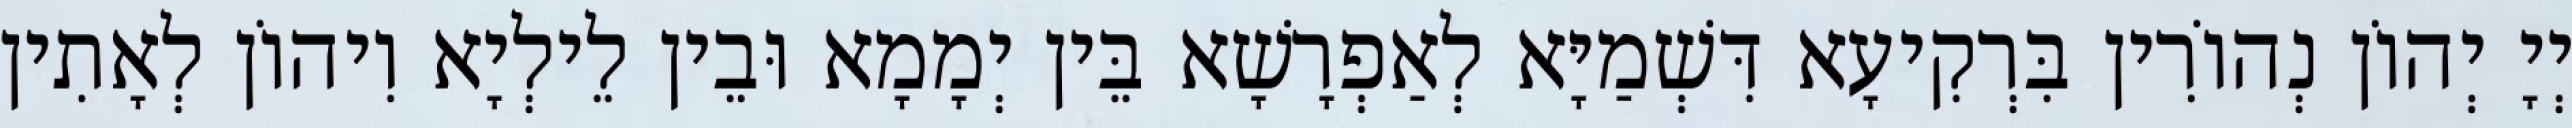
יְיָ יְהוֹן נְהוֹרִין בִּרְקִיעָא דִּשְׁמַיָּא לְאַפְרָשָׁא בֵּין יְמָמָא וּבֵין לֵילְיָא וִיהוֹן לְאָתִין